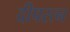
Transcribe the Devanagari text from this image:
दीपरत्न